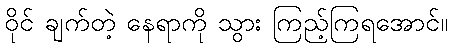
ဝိုင် ချက်တဲ့ နေရာကို သွား ကြည့်ကြရအောင်။